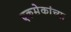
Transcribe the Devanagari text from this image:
एकमे़कांच्या